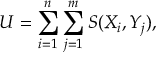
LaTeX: U = \sum _ { i = 1 } ^ { n } \sum _ { j = 1 } ^ { m } S ( X _ { i } , Y _ { j } ) ,